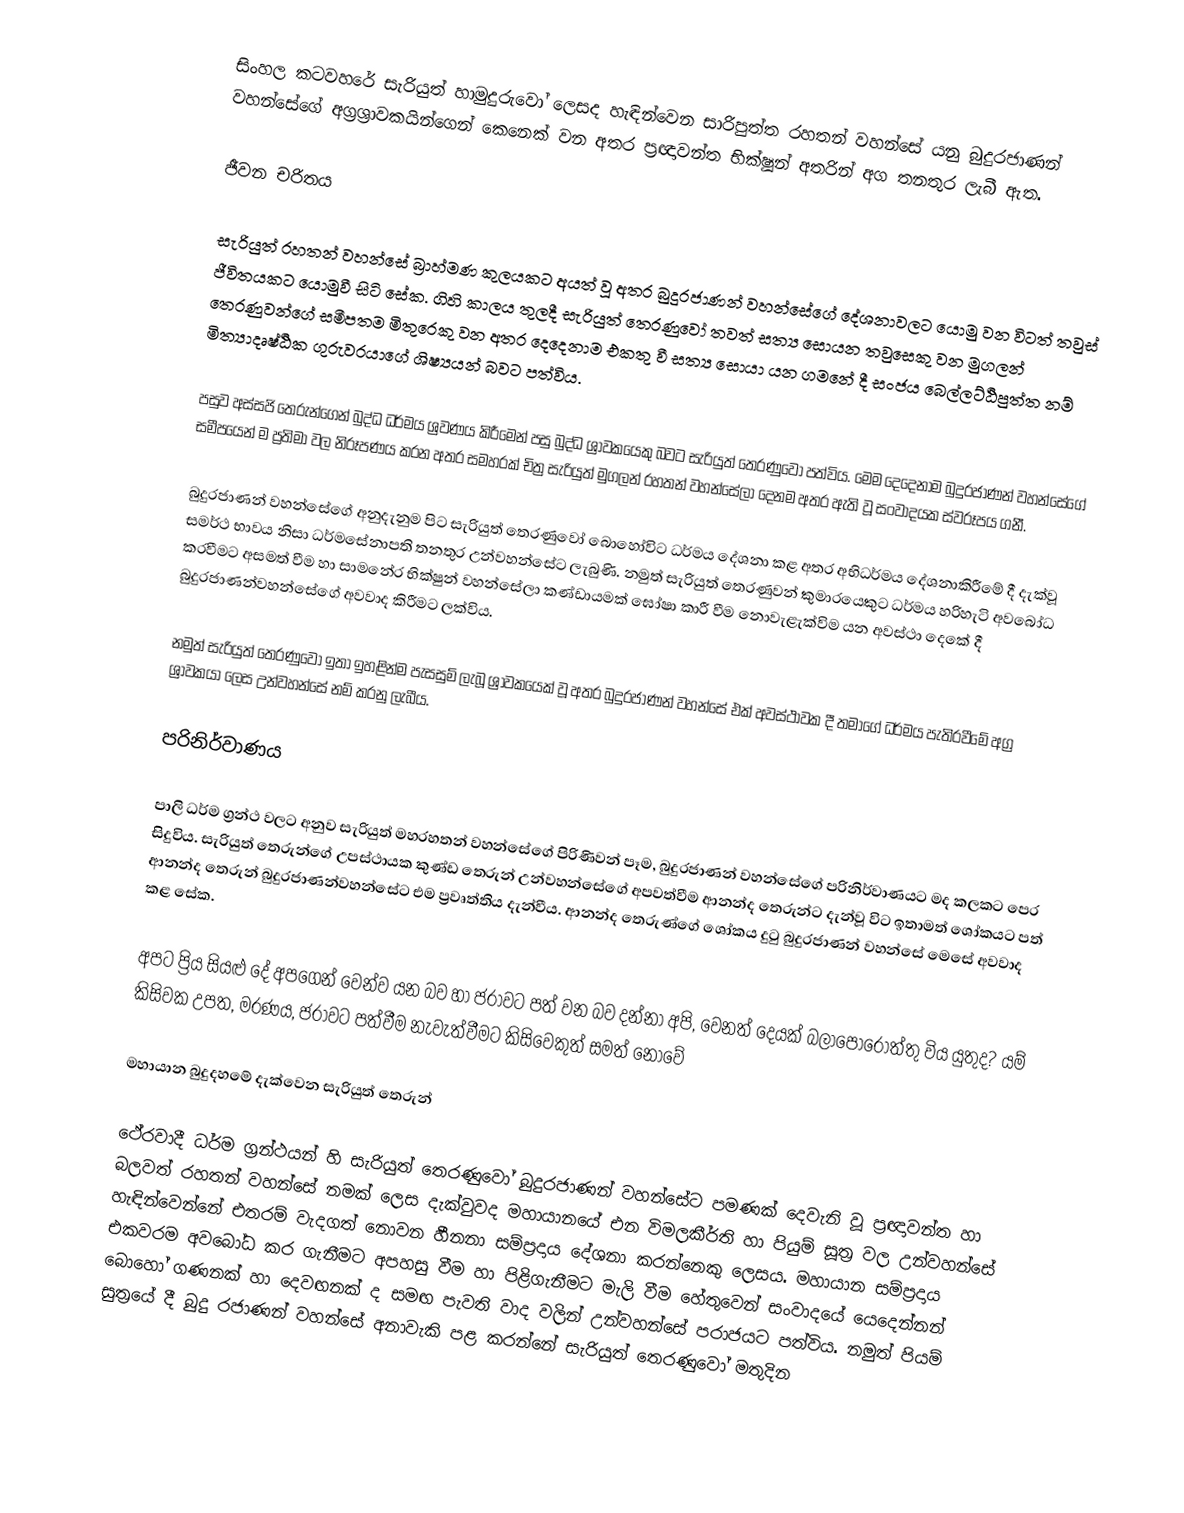
සිංහල කටවහරේ සැරියුත් හාමුදුරුවෝ ලෙසද හැඳින්වෙන සාරිපුත්ත රහතන් වහන්සේ යනු බුදුරජාණන් වහන්සේ‍ගේ අග්‍රශ්‍රාවකයින්ගෙන් කෙනෙක් වන අතර ප්‍රඥාවන්ත භික්ෂූන් අතරින් අග තනතුර ලැබී ඇත.

ජීවන චරිතය

සැරියුත් රහතන් වහන්සේ බ්‍රාහ්මණ කුලයකට අයත් වූ අතර බුදුරජාණන් වහන්සේගේ දේශනාවලට යොමු වන විටත් තවුස් ජීවිතයකට යොමුවී සිටි සේක. ගිහි කාලය තුලදී සැරියුත් තෙරණුවෝ තවත් සත්‍ය ‍සොයන තවුසෙකු වන මුගලන් තෙරණු‍වන්ගේ සමීපතම මිතුරෙකු වන අතර දෙදෙනාම එකතු වී සත්‍ය සොයා යන ගමනේ දී සං‍ජය බෙල්ලට්ඨිපුත්ත නම් මිත්‍යාදෘෂ්ඨික ගුරුවරයාගේ ශිෂ්‍යයන් බවට පත්විය.

පසුව අස්සජි තෙරුන්ගෙන් බුද්ධ ධර්මය ශ්‍රවණය කිරීමෙන් පසු බුද්ධ ශ්‍රාවකයෙකු බවට සැරියුත් තෙරණුවෝ පත්විය. මෙම දෙදෙනාම බුදුරජාණන් වහන්සේගේ සමීපයෙන් ම ප්‍රතිමා වල නිරූපණය කරන අතර සමහරක් චිත්‍ර සැරියුත් මුගලන් රහතන් වහන්සේලා දෙනම අතර ඇති වූ සංවාදයක ස්වරූපය ගනී.

බුදුරජාණන් වහන්සේගේ අනුදැනුම පිට සැරියුත් තෙරණුවෝ බොහෝවිට ‍ධර්මය දේශනා කළ අතර අභිධර්මය දේශනාකිරීමේ දී දැක්වූ සමර්ථ භාවය නිසා ධර්මසේනාපති තනතුර උන්වහන්සේට ලැබුණි. නමුත් සැරියුත් තෙරණුවන් කුමාරයෙකුට ධර්ම‍‍ය හරිහැටි අව‍බෝධ කරවීමට අසමත් වීම හා සාමනේර භික්ෂුන් වහන්සේලා කණ්ඩායමක් ඝෝෂා කාරී වීම නොවැළැක්විම යන අවස්ථා දෙකේ දී බුදුරජාණන්වහන්සේගේ අවවාද කිරීමට ලක්විය.

නමුත් සැරියුත් තෙරණුවෝ ඉතා ඉහළින්ම පැසසුම් ලැබූ ශ්‍රාවකයෙක් වූ අතර බුදුරජාණන් වහන්සේ එක් අවස්ථාවක දී තමාගේ ධර්මය පැතිරවීමේ අග්‍ර ශ්‍රාවකයා ලෙස උන්වහන්සේ නම් කරනු ලැබීය.

පරිනිර්වාණය

පාලි ධර්ම ග්‍රන්ථ වලට අනුව සැරියුත් මහරහතන් වහන්සේ‍ගේ පිරිණිවන් පෑම, බුදුරජාණන් වහන්සේගේ පරිනිර්වාණයට මද කලකට පෙර සිදුවිය. සැරියුත් තෙරුන්ගේ උපස්ථායක කුණ්ඩ තෙරුන් උන්වහන්සේගේ අපවත්වීම ආනන්ද තෙරුන්ට දැන්වූ විට ඉතාමත් ශෝකයට පත් ආනන්ද තෙරුන් බුදුරජාණන්වහන්සේට එම ප්‍රවෘත්තිය දැන්වීය. ආනන්ද තෙරුණ්ගේ ශෝකය දුටු බුදුරජාණන් වහන්සේ මෙසේ අවවාද කළ සේක.

අපට ප්‍රිය සියළු දේ අපගෙන් වෙන්ව යන බව හා ජරාවට පත් වන බව දන්නා අපි, වෙනත් ‍දෙයක් බලාපොරොත්තු විය යුතුද? යම් කිසිවක උපත, මරණය, ජරාවට පත්වීම නැවැත්වීමට කිසිවෙකුත් සමත් නොවේ

මහායාන බුදුදහමේ දැක්වෙන සැරියුත් තෙරුන්

ථේරවාදී ධර්ම ග්‍රන්ථයන් හි සැරියුත් තෙරණුවෝ බුදුරජාණන් වහන්සේට පමණක් දෙවැනි වූ ප්‍රඥාවන්ත හා බලවත් රහතන් වහන්සේ නමක් ලෙස දැක්වුවද මහායානයේ එන විමලකීර්ති හා පියුම් සූත්‍ර වල උන්වහන්සේ හැඳින්වෙන්නේ එතරම් වැදගත් ‍නොවන හීනනා සම්ප්‍රදාය දේශනා කරන්නෙකු ලෙසය. මහායාන සම්ප්‍රදාය එකවරම අවබෝධ කර ගැනීමට අපහසු වීම හා පිළිගැනීමට මැලි වීම හේතුවෙන් සංවාදයේ යෙදෙන්නන් බොහෝ ගණනක් හා දෙවඟනක් ද සමඟ පැවති වාද වලින් උන්වහන්සේ පරාජයට පත්විය. නමුත් පියම් සුත්‍රයේ දී බුදු රජාණන් වහන්සේ අනාවැකි පළ කරන්නේ සැරියුත් තෙරණුවෝ මතුදින